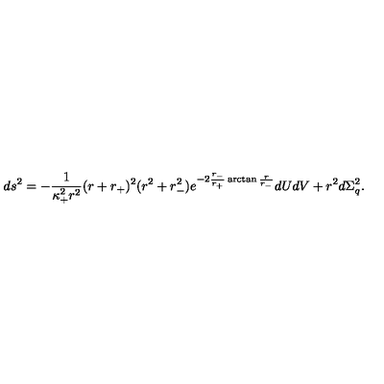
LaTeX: d s ^ { 2 } = - \frac { 1 } { \kappa _ { + } ^ { 2 } r ^ { 2 } } ( r + r _ { + } ) ^ { 2 } ( r ^ { 2 } + r _ { - } ^ { 2 } ) e ^ { - 2 \frac { r _ { - } } { r _ { + } } \arctan \frac { r } { r _ { - } } } d U d V + r ^ { 2 } d \Sigma _ { q } ^ { 2 } .